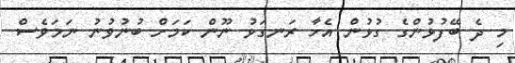
މި ދެ ބޭފުޅުންގެ ގުޅުން އެހާ ރަނގަޅު ނޫން ކަމަށް ބުނުވުނު ނަމަވެސް